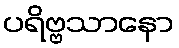
ပရိဗ္ဗသာနော